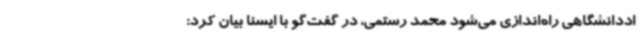
اددانشگاهی راه‌اندازی می‌شود محمد رستمی، در گفت‌گو با ایسنا بیان کرد: